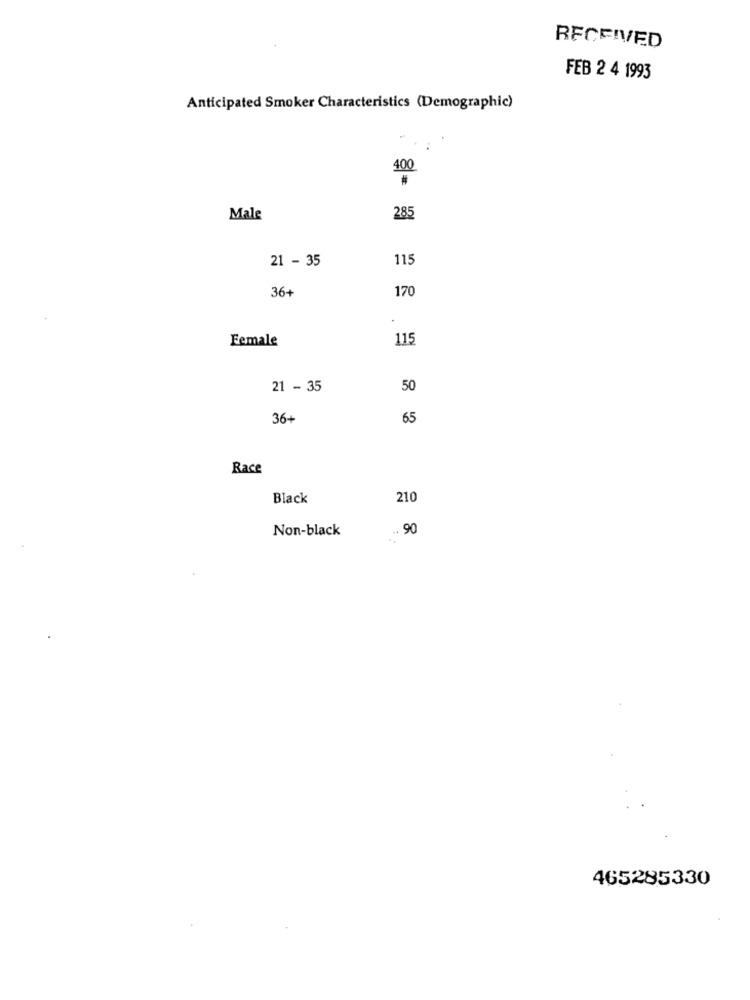
RECEIVED
FEB 2 4 1993
Anticipated Smoker Characteristics (Demographic)
400
Male
285
21 - 35
115
36+
170
Female
115
21 - 35
50
36+
65
Race
Black
210
Non-black
.. 90
465285330